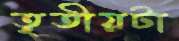
তৃতীয়টা